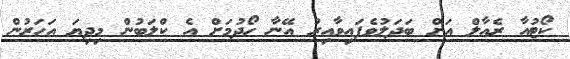
ކޯޓުއާ ރެއާލް އަށް ބަދަލުވެފައިވާއިރު އޭނާ ހޯދުމަށް އެ ކްލަބުން މިދިޔަ އަހަރުން